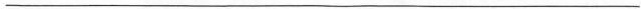
___